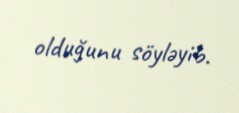
olduğunu söyləyib.